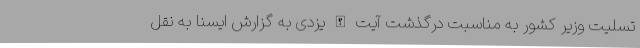
تسلیت وزیر کشور به مناسبت درگذشت آیت الله یزدی به گزارش ایسنا به نقل